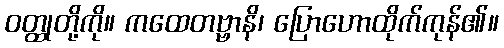
ဝတ္ထုတို့ကို။ ကထေတဗ္ဗာနိ၊ ပြောဟောထိုက်ကုန်၏။